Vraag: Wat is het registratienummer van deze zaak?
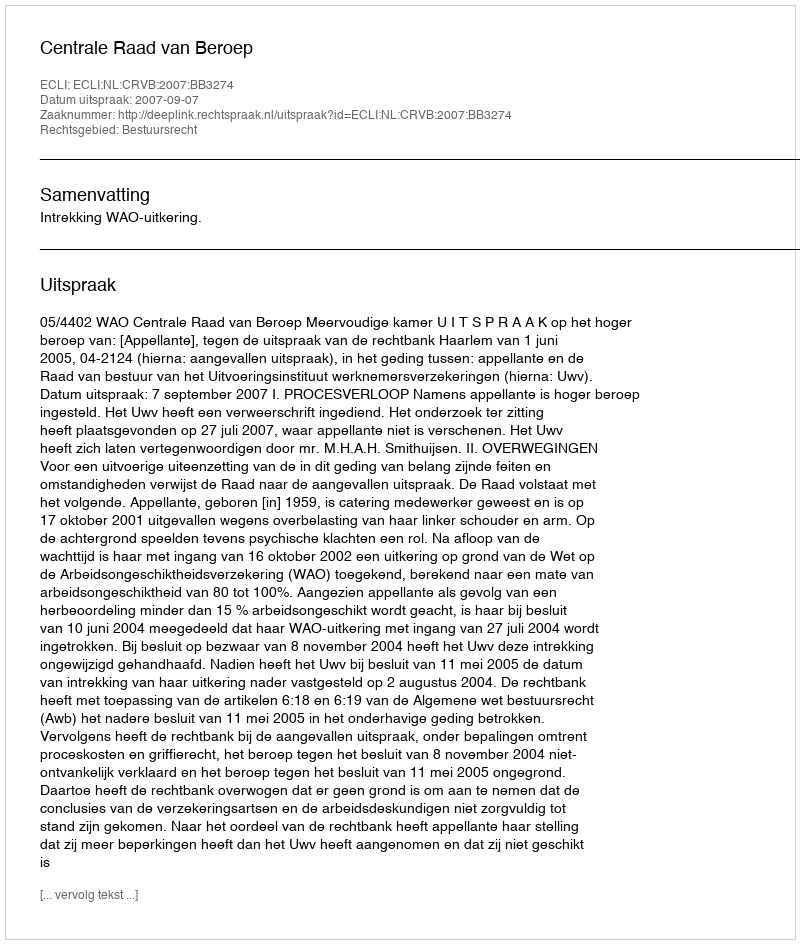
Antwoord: http://deeplink.rechtspraak.nl/uitspraak?id=ECLI:NL:CRVB:2007:BB3274